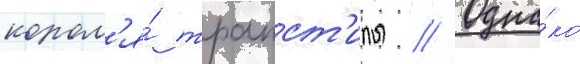
корол'я́ трапст'илы // Одна́ко